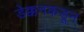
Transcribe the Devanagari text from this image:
डेक्कनकडून